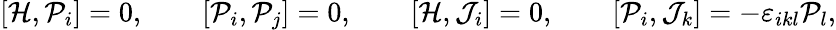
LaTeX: [{\cal H},{\cal P}_{i}]=0,\qquad[{\cal P}_{i},{\cal P}_{j}]=0,\qquad[{\cal H},{\cal J}_{i}]=0,\qquad[{\cal P}_{i},{\cal J}_{k}]=-\varepsilon_{ikl}{\cal P}_{l},